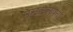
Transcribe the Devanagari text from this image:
मनसस्पतऽ